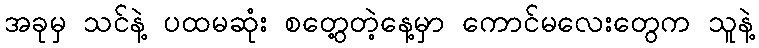
အခုမှ သင်နဲ့ ပထမဆုံး စတွေ့တဲ့နေ့မှာ ကောင်မလေးတွေက သူနဲ့